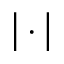
\big | \cdot \big |